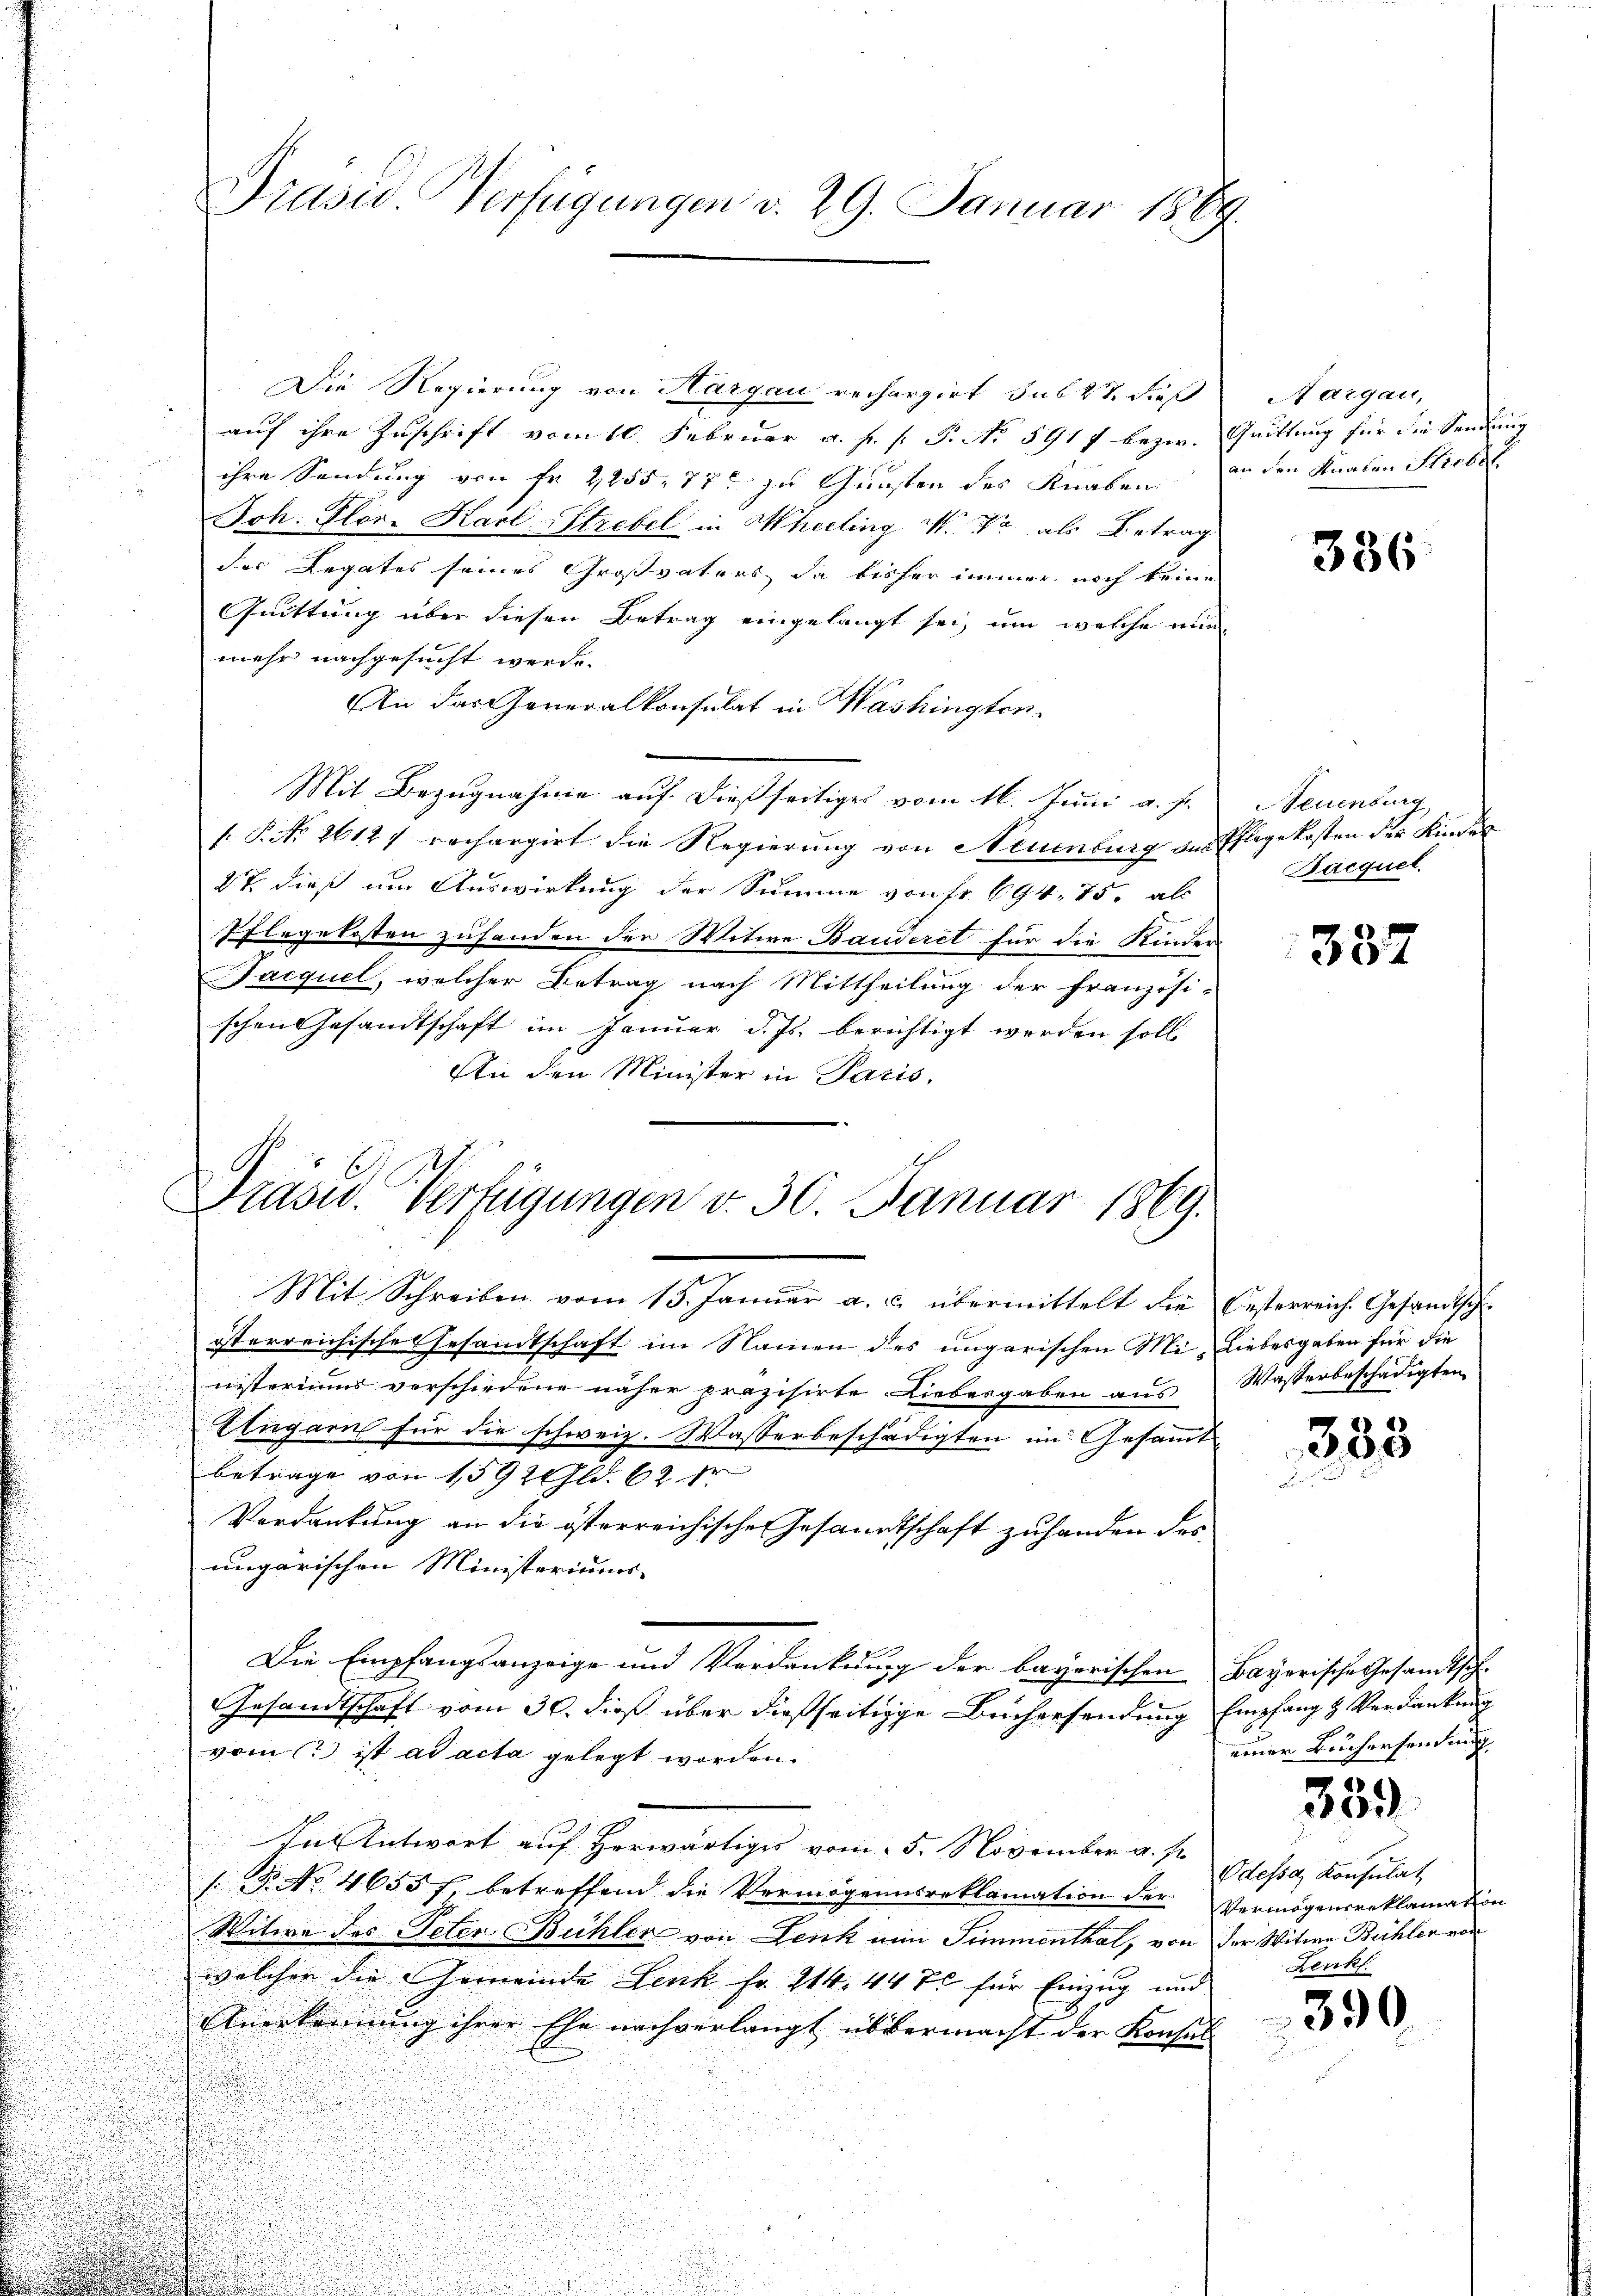
¬

d
u

.

Präsid. Verfügungen d. 29. Januar 1889.

Die Regierung von Hargau rechargirt sub 27 dieß
auf ihre Zuschrift vom 10. Februar a. p.  P. No 591 f bezir-
ihre Sendung von Fr. 2255, 77 zu Gunsten des Knaben
Joh. Plör. Karl-Strebel in Khelling M. da als Betrag
des Legates seines Großvaters, da bisher immer noch keine
Quittung über diesen Betrag eingelangt sei, um welche nun
mehr nachgesucht werde.
An das Generalkonsulat in Washingten.
Mit Bezugnahme auf dießseitiges vom 16. Juni a. f.
[. P. Nr. 2612. rechargirt die Regierung von Neuenburg aus Pflegekosten der Kindes
27 dieß um Auswirkung der Summe von Fr. 694, 75. abs
Pflegekosten zuhanden der Witwe Bauderet für die Kinder
Facquel, welcher Betrag nach Mittheilung der Französi-
schen Gesandtschaft im Januar d. Js. berichtigt werden soll.
An den Minister in Paris,

Präsid. Verfügungen v. 30. Januar 1869.

Mit Schreiben vom 15. Januar a. c. übermittelt die Oesterreich. Gesandtsch-
österreichisches Gesandtschaft im Namen des ungarischen Mi- Liebesgaben für die
nisteriums verschiedene näher präzisirte Liebesgaben aus Wasserbeschädigten
.
Ungarn für die schweiz. Wasserbeschädigten im Gesammt-
betrage von 1592 Gld. 62 fr
Verdankung an die österreichischen Gesandtschaft zuhanden des
ungarischen Ministeriums.
Die Empfangsanzeige und Verdankung der bayerischen Bayerische Gesandtsch-
Gesandtschaft vom 30. dieß über dießseitige Büchersendung Empfang & Verdankung
vom 1. ist ad acta gelegt worden.
In Antwort auf herwärtiges vom 5. November v. J.
/. P. No. 4655 f. betreffend die Vermögensreklamation der Vermögensreklamation
Witwe des Peten Bühler von Lenk nun Simmenthal, von der Witwe Bühler von
welcher die Gemeinde Leuk Fr. 214. 44 xr für Einzug und
Anerkennung ihrer Ehe nachverlangt übermacht der Konses

Aargau,
Quittung für die Sendung
an den Knaben Strebel

336.

Neuenburg
Bacquel

337

335

einer Büchersendung

359.

Odessa, Konsulat
Lenk.

390.